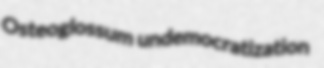
Osteoglossum undemocratization